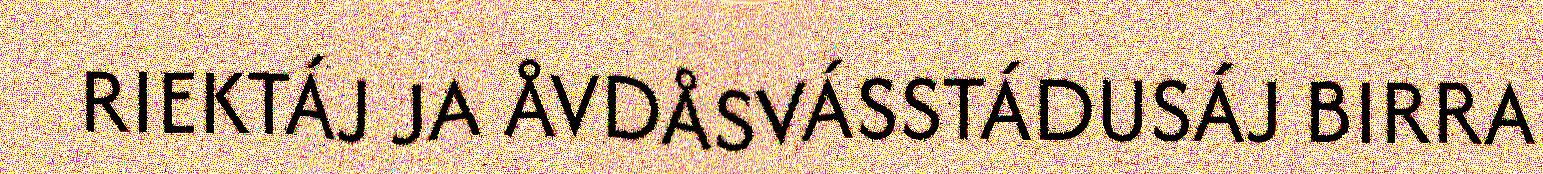
RIEKTÁJ JA ÅVDÅSVÁSSTÁDUSÁJ BIRRA